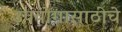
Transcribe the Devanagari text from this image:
उपयोगासाठीचे